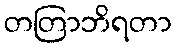
တတြာဘိရတာ